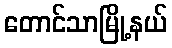
တောင်သာမြို့နယ်